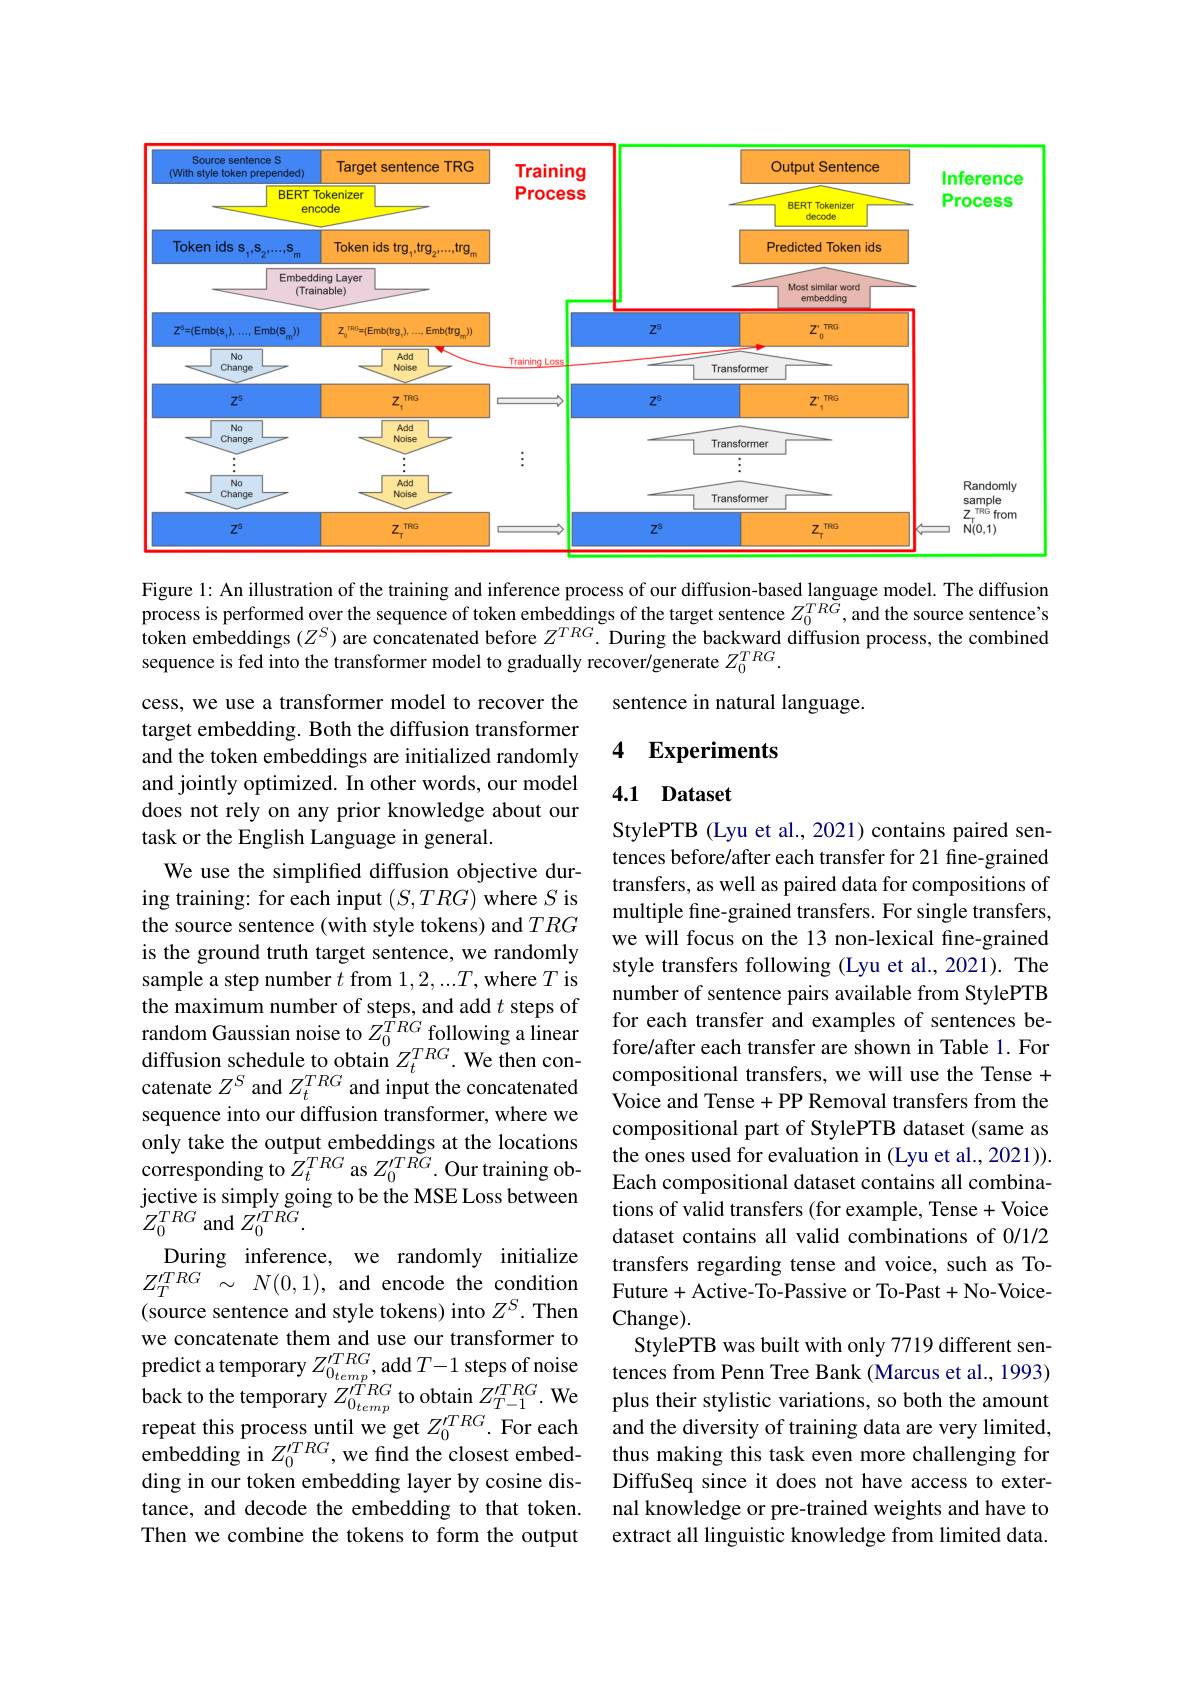
<FigureHere>

Figure 1: An illustration of the training and inference process of our diffusion-based language model. The diffusion process is performed over the sequence of token embeddings of the target sentence $Z_0^{TRG}$, and the source sentence's $\hat{\textbf{token embeddings }(Z^S)\text{ are concatenated before }Z^{TRG}.\text{ During the backward diffusion process, the combined}}$ sequence is fed into the transformer model to gradually recover/generate $Z_0^{TRG}.$

sentence in natural language.

### 4 Experiments

## 4.1 Dataset

cess, we use a transformer model to recover the target embedding. Both the diffusion transformer and the token embeddings are initialized randomly and jointly optimized. In other words, our model does not rely on any prior knowledge about our task or the English Language in general.
We use the simplified diffusion objective during training: for each input $(S,TRG)$ where $S$ is the source sentence (with style tokens) and $TRG$ is the ground truth target sentence, we randomly sample a step number $t$ from $1,2,...T$,where $T$ is the maximum number of steps, and add $t$ steps of random Gaussian noise to $Z_{0}^{\dot{TRG}}$following a linear $\begin{array}{lllll}\text{diffusion schedule to obtain }Z_{t}^{TRG}.&\text{We then con-}&\text{fore/arter each transter are showh in lable I. Por}\\\text{catenate }Z^{S}\mathrm{~and~}Z_{t}^{TRG}\mathrm{~and~input~the~concatenated}&\text{compositional transfers, we will use the Tense +}\\&\text{Voice and Tense+}\end{array}$
sequence into our diffusion transformer, where we only take the output embeddings at the locations corresponding to $Z_t^{TRG}$ as $Z_0^{\prime TRG}.$ Our training objective is simply going to be the MSE Loss between $Z_{0}^{TRG}$ and $Z_0^{\prime TRG}.$
During inference, we randomly initialize $Z_{T}^{\prime TRG}\sim N(0,1)$, and encode the condition (source sentence and style tokens) into $Z^S.$ Then we concatenate them and use our transformer to predict atemporary $Z_{0_{temp}^{TRG},}^{TRG}$ add $T-1$ steps of noise tences from Penn Tee Bank (Marcus et al, 1993)back to the temporary $Z_{0_{temp}^{TRG}}$ to obtain $Z_{T-1}^{TRG}.$ We plus their stylistic variations, oboth the amount repeat this
ding in our token embedding layer by cosine distance, and decode the embedding to that token. Then we combine the tokens to form the output

StylePTB (Lyu et al., 2021) contains paired sentences before/after each transfer for 21 fine-grained transfers, as well as paired data for compositions of multiple fine-grained transfers. For single transfers, we will focus on the 13 non-lexical fine-grained style transfers following (Lyu et al.,2021). The number of sentence pairs available from StylePTB for each transfer and examples of sentences before/after each transfer are shown in Table 1. For Voice and Tense +PP Removal transfers from the compositional part of StylePTB dataset (same as the ones used for evaluation in (Lyu et al., 2021)). Each compositional dataset contains all combinations of valid transfers (for example, Tense+ Voice dataset contains all valid combinations of 0/1/2 transfers regarding tense and voice, such as ToFuture+Active-To-Passive or To-Past+No-VoiceChange).
StylePTB was built with only 7719 different senDiffuSeq since it does not have access to external knowledge or pre-trained weights and have to extract all linguistic knowledge from limited data.